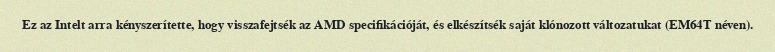
Ez az Intelt arra kényszerítette, hogy visszafejtsék az AMD specifikációját, és elkészítsék saját klónozott változatukat (EM64T néven).